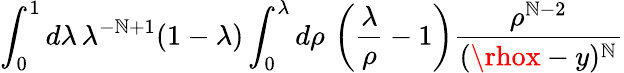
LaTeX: \int_{0}^{1}d\lambda\, \lambda^{-\mathbb{N}+1}(1-\lambda)\int_{0}^{\lambda}d\rho\, \left(\frac{{\lambda}}{{\rho}}-1\right)\frac{{\rho^{\mathbb{N}-2}}}{{(\rhox-y)^{\mathbb{N}}}}